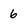
Character: 6